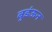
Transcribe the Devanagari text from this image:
बुडंऊन